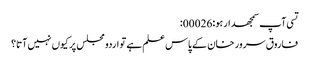
تسی آپ سمجھدار ہو:00026:
فاروق سرور خان کے پاس علم ہے تو اردو مجلس پر کیوں نہیں آتا؟